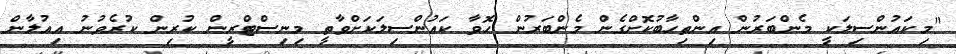
"މިކައުންސިލަކީ މެންބަރުން އިންތިހާބުކޮށްގެން މެންބަރުން ހޮވާ ކައުންސިލަކަށްވާތީ މިނިސްޓްރީން ކުރިން ކުރެވުނު އިއުލާން